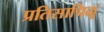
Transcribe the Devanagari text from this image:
प्रतिसाद्मिळू